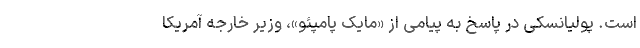
است. پولیانسکی در پاسخ به پیامی از «مایک پامپئو»، وزیر خارجه آمریکا